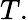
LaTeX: T.